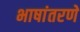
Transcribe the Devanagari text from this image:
भाषांतरणे